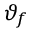
\vartheta _ { f }